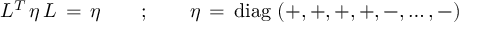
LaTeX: L ^ { T } \, \eta \, L \, = \, \eta \qquad ; \qquad \eta \, = \, \mathrm { d i a g } \, \left( + , + , + , + , - , \dots , - \right)